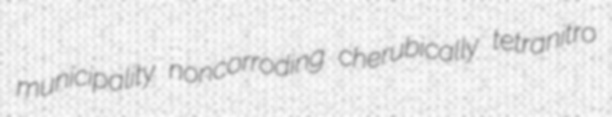
municipality noncorroding cherubically tetranitro